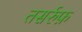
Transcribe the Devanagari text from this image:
तसर्रुफ़